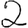
Digit: 2